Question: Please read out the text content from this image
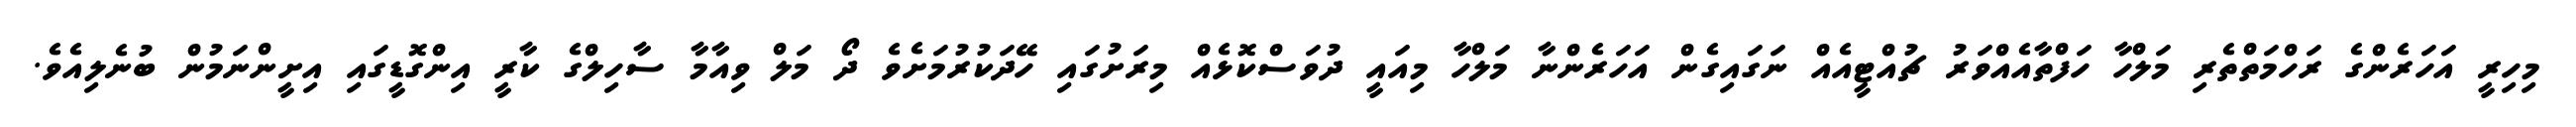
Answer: މިހިރީ އަހަރެންގެ ރަހްމަތްތެރި މަލްހާ ހަފްތާއެއްވަރު ޗުއްޓީއެއް ނަގައިގެން އަހަރެންނާ މަލްހާ މިއައީ ދުވަސްކޮޅެއް މިރަށުގައި ހޭދަކުރުމަށެވެ ދޯ މަލް ވިއާމާ ސާހިލްގެ ކާރީ އިންގޮޑީގައި އިށީންނަމުން ބުނެލިއެވެ.